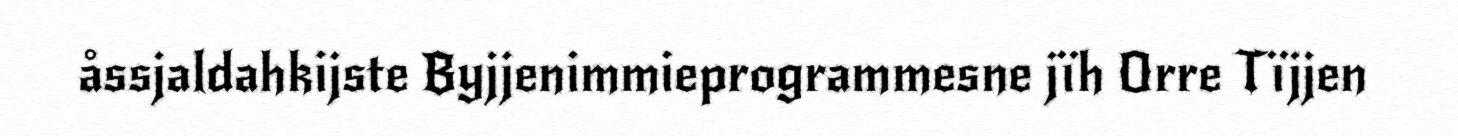
åssjaldahkijste Byjjenimmieprogrammesne jïh Orre Tïjjen